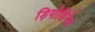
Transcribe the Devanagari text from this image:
ड़ियोडिनेज